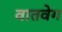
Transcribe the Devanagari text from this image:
वातवेग